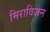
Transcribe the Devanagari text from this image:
मिराविजन